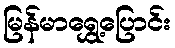
မြန်မာရွှေ့ပြောင်း